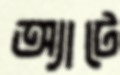
অ্যাটে